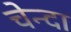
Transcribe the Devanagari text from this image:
चेन्दा